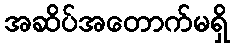
အဆိပ်အတောက်မရှိ